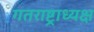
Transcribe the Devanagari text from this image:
गतराष्ट्राध्यक्ष